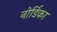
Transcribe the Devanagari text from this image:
नोर्डिका